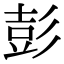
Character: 彭